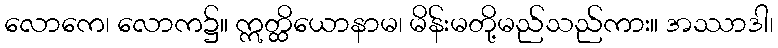
လောကေ၊ လောက၌။ ဣတ္ထိယောနာမ၊ မိန်းမတို့မည်သည်ကား။ အဿာဒါ၊